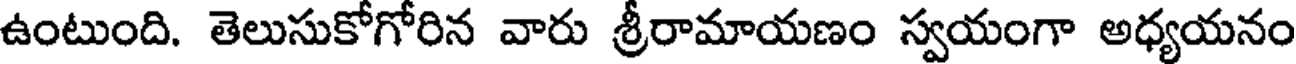
ఉంటుంది. తెలుసుకోగోరిన వారు శ్రీరామాయణం స్వయంగా అధ్యయనం